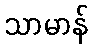
သာမာန်